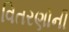
વિતરણોની